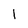
Character: 1